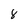
Character: 8